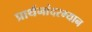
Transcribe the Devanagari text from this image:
प्रार्थनांदरम्यान